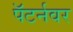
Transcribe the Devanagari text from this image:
पॅटर्नवर